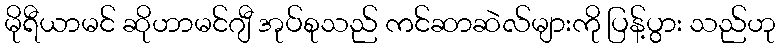
မိုရီယာမင် ဆိုဟာမင်ဂျီ အုပ်စုသည် ကင်ဆာဆဲလ်များကို ပြန့်ပွား သည်ဟု